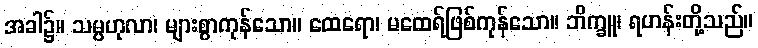
အခါ၌။ သမ္ပဟုလာ၊ များစွာကုန်သော။ ထေရော၊ မထေရ်ဖြစ်ကုန်သော။ ဘိက္ခူ၊ ရဟန်းတို့သည်။